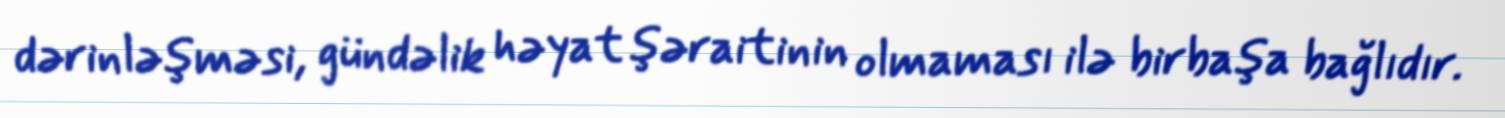
dərinləşməsi, gündəlik həyat şəraitinin olmaması ilə birbaşa bağlıdır.